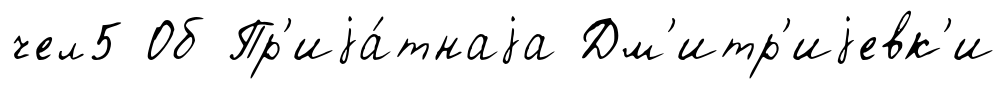
чел5 Об Пр'иjа́тнаjа Дм'итр'иjевк'и